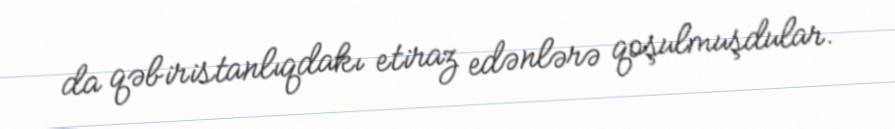
da qəbiristanlıqdakı etiraz edənlərə qoşulmuşdular.